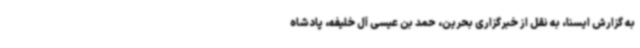
به گزارش ایسنا، به نقل از خبرگزاری بحرین، حمد بن عیسی آل خلیفه، پادشاه